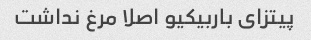
پیتزای باربیکیو اصلا مرغ نداشت